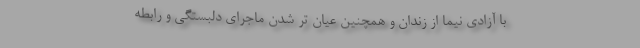
با آزادی نیما از زندان و همچنین عیان تر شدن ماجرای دلبستگی و رابطه